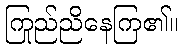
ကြည်ညိုနေကြ၏။